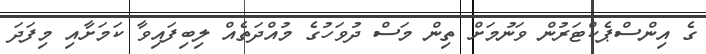
ގެ އިންސްޕެކްޓަރުން ވަނުމަށް ތިން މަސް ދުވަހުގެ މުއްދަތެއް ލިބިފައިވާ ކަމަށާއި މިފަދަ